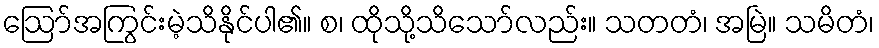
ဩော်အကြွင်းမဲ့သိနိုင်ပါ၏။ စ၊ ထိုသို့သိသော်လည်း။ သတတံ၊ အမြဲ။ သမိတံ၊